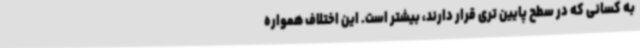
به کسانی که در سطح پایین تری قرار دارند، بیشتر است. این اختلاف همواره